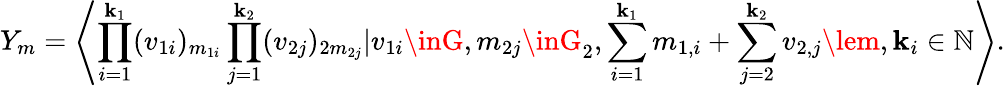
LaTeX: Y_{m}=\left\langle\prod_{i=1}^{\mathbf{k}_{1}}(v_{1i})_{m_{1i}}\prod_{j=1}^{\mathbf{k}_{2}}(v_{2j})_{2m_{2j}}|v_{1i}\inG,m_{2j}\inG_{2},\sum_{i=1}^{\mathbf{k}_{1}}m_{1,i}+\sum_{j=2}^{\mathbf{k}_{2}}v_{2,j}\lem,\mathbf{k}_{i}\in\mathbb{{N}}\right\rangle.